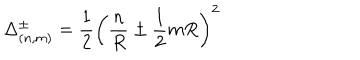
LaTeX: \Delta _ { ( n , m ) } ^ { \pm } = \frac { 1 } { 2 } \left( \frac { n } { R } \pm \frac { 1 } { 2 } m R \right) ^ { 2 }